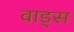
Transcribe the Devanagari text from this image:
वाड्स